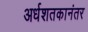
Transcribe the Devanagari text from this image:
अर्धशतकानंतर